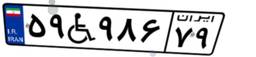
۶۹W۶۷۶۱۶